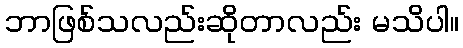
ဘာဖြစ်သလည်းဆိုတာလည်း မသိပါ။